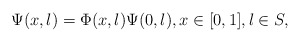
\begin{align*} \Psi(x,\l) = \Phi(x,\l) \Psi(0,\l),x\in [0,1], \l\in S,\end{align*}